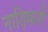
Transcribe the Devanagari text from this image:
नाड़िकाएँ